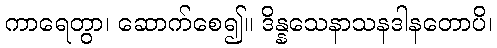
ကာရေတွာ၊ ဆောက်စေ၍။ ဒိန္နသေနာသနဒါနတောပိ၊